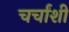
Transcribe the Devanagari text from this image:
चर्चांशी